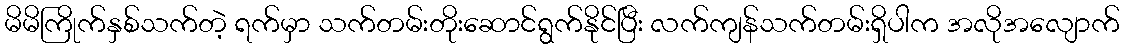
မိမိကြိုက်နှစ်သက်တဲ့ ရက်မှာ သက်တမ်းတိုးဆောင်ရွက်နိုင်ပြီး လက်ကျန်သက်တမ်းရှိပါက အလိုအလျောက်